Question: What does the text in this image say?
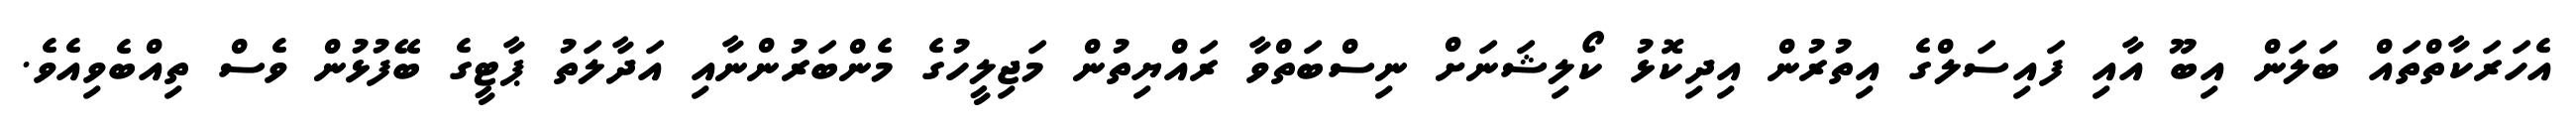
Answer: އެހަރަކާތްތައް ބަލަން އިބޫ އާއި ފައިސަލްގެ އިތުރުން އިދިކޮޅު ކޯލިޝަނަށް ނިސްބަތްވާ ރައްޔިތުން މަޖިލީހުގެ މެންބަރުންނާއި އަދާލަތު ޕާޓީގެ ބޭފުޅުން ވެސް ތިއްބެވިއެވެ.